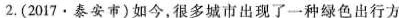
2. (2017·泰安市)如今,很多城市出现了一种绿色出行方